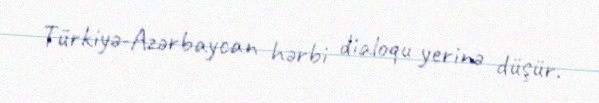
Türkiyə-Azərbaycan hərbi dialoqu yerinə düşür.